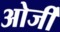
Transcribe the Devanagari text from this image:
ओर्जी